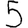
Digit: 5